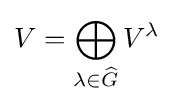
V=\bigoplus _{\lambda \in {\widehat {G}}}V^{\lambda }